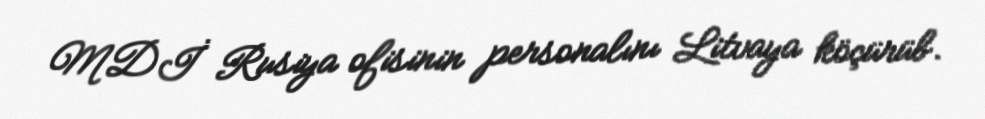
MDİ Rusiya ofisinin personalını Litvaya köçürüb.